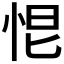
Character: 𢙃